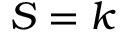
S = k